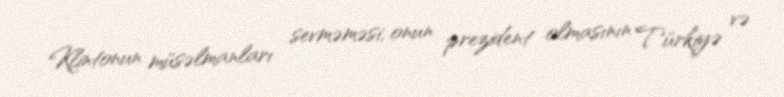
Klintonun müsəlmanları sevməməsi, onun prezident olmasının Türkiyə və